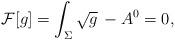
LaTeX: \begin{align*}{\cal F}[g] = \int_{\Sigma} \sqrt{g} \, - A^{0} = 0, \end{align*}